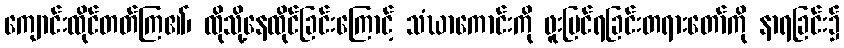
ကျောင်းထိုင်တတ်ကြ၏၊ ထိုသို့နေထိုင်ခြင်းကြောင့် သံဃာကောင်းကို ဖူးမြင်ရခြင်းတရားတော်ကို နာရခြင်း၌